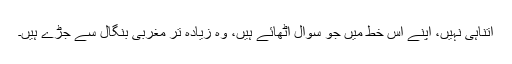
اتناہی نہیں، اپنے اس خط میں جو سوال اٹھائے ہیں، وہ زیادہ تر مغربی بنگال سے جڑے ہیں۔